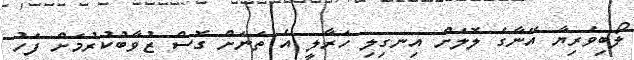
ލޯބިވެރިޔާ އޭނާގެ ލޮލަށް އިނގިލި ހަރާލީ އެ ތަނަށް ގޮސް ޒުވާބުކުރުމަށް ފަހު